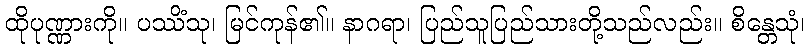
ထိုပုဏ္ဏားကို။ ပဿိံသု၊ မြင်ကုန်၏။ နာဂရာ၊ ပြည်သူပြည်သားတို့သည်လည်း။ စိန္တေသုံ၊